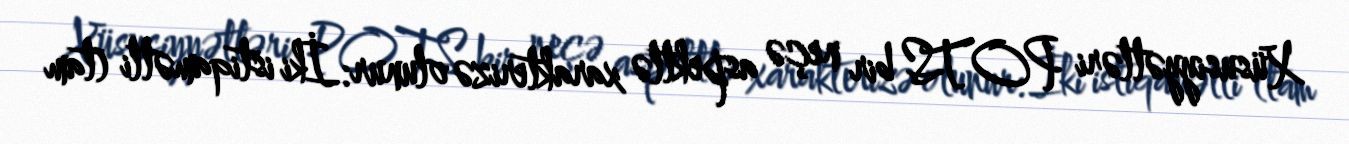
Xüsusiyyətləri POTS bir neçə aspektlə xarakterizə olunur: İki istiqamətli (tam